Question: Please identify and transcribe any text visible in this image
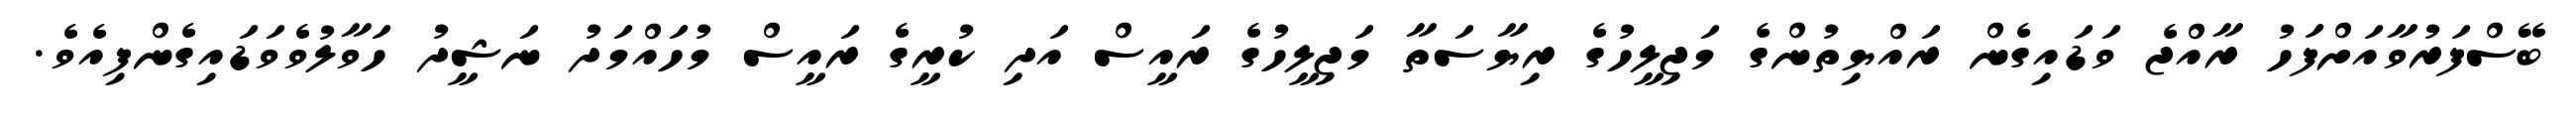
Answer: ބޭސްފަރުވާއަށްފަހު ރާއްޖެ ވަޑައިގެން ރައްޔިތުންގެ މަޖިލީހުގެ ރިޔާސަތާ މަޖިލީހުގެ ރައީސް އަދި ކުރީގެ ރައީސް މުހައްމަދު ނަޝީދު ހަވާލުވެވަޑައިގެންފިއެވެ.